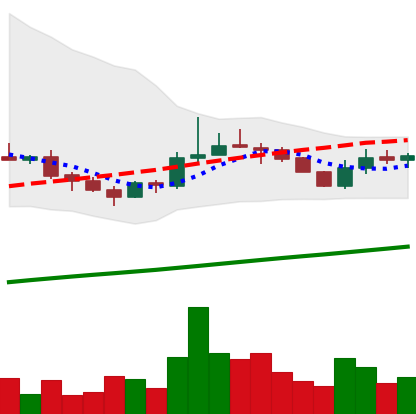
Ticker: LINK-USD
Chart end date: 2019-08-13
Forward return: 3.587%
Label: up_3_5